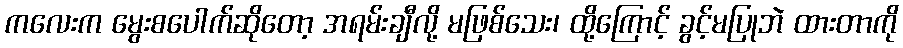
ကလေးက မွေးစပေါက်ဆိုတော့ အရမ်းချီလို့ မဖြစ်သေး၊ ထို့ကြောင့် ခွင့်မပြုဘဲ ထားတာကို